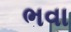
ભવા